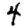
Digit: 4